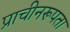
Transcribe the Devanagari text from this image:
प्राचीनरूपता